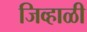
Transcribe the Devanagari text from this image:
जिव्हाळी